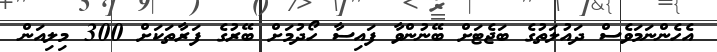
އެހެންނަމަވެސް ދައުލަތުގެ ބަޖެޓަށް ބޭނުންވާ ފައިސާ ހޯދުމަށް ބޭރުގެ ފަރާތަކަށް 300 މިލިއަން